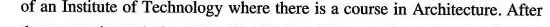
of an Institute of Technology where there is a course in Architecture. After